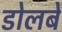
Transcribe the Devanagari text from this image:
डोलबे